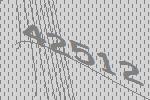
42512